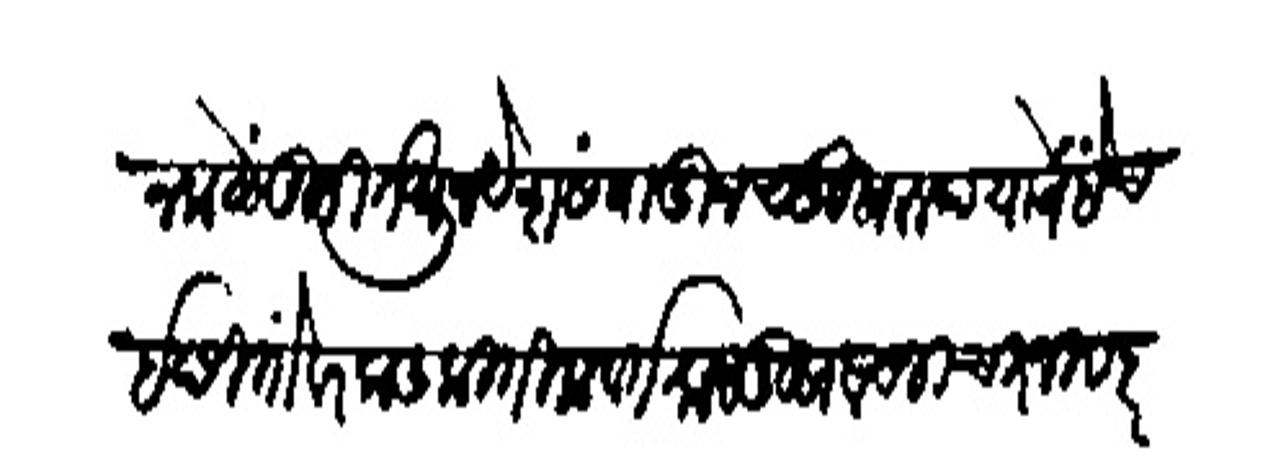
Transliteration (Devanagari): न कळें तुम्ही तेथून येक संपादून सुखरूप यावें हेंच इछितों बरफड कितीक वर्तमान मुखवचनी चिरजीव हर